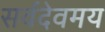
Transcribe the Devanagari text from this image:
सर्वदेवमय